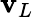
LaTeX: \mathbf{v}_{L}